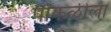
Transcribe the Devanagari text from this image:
पोकळीला